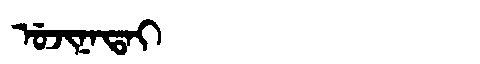
Manchu: ᡠᠵᡳᠨᠠᡨᠠᡳ
Romanization: UJINATAI